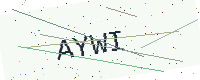
Text: AYWI